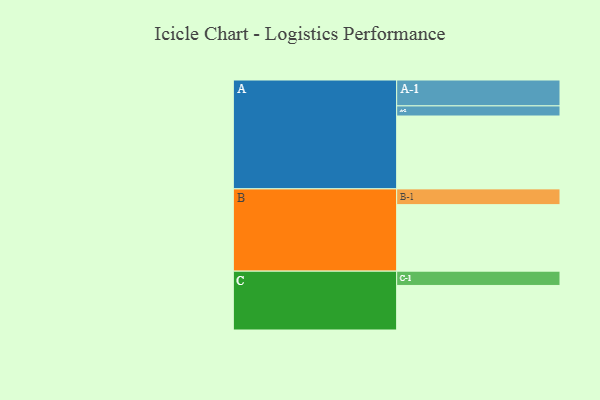
{"axis": {"x": "Segment", "y": "Value"}, "legend": ["", "A", "B", "C"], "data": [{"x": "A", "y": 504, "type": ""}, {"x": "B", "y": 460, "type": ""}, {"x": "C", "y": 308, "type": ""}, {"x": "A-1", "y": 179, "type": "A"}, {"x": "A-2", "y": 70, "type": "A"}, {"x": "B-1", "y": 109, "type": "B"}, {"x": "C-1", "y": 99, "type": "C"}]}